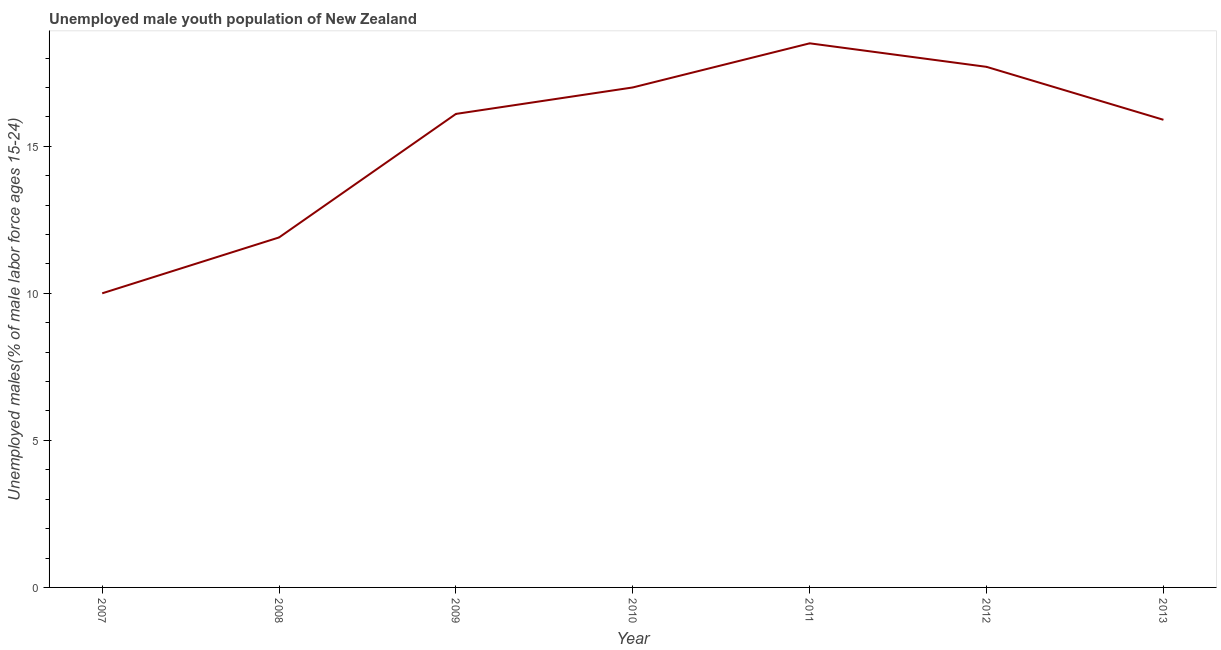
| Year | Unemployment youth male |
 | --- | --- |
 | 2007 | 10 |
 | 2008 | 11.9 |
 | 2009 | 16.1 |
 | 2010 | 17 |
 | 2011 | 18.5 |
 | 2012 | 17.7 |
 | 2013 | 15.9 |